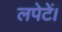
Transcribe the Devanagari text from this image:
लपेटें।